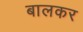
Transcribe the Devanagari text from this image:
बालकर